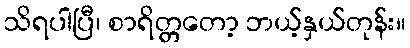
သိရပါပြီ၊ စာရိတ္တတော့ ဘယ့်နှယ်တုန်း။